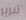
تبرير